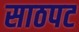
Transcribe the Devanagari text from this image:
साठपट